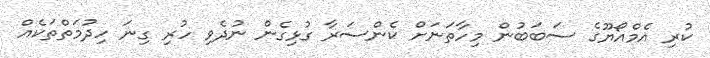
ކުރި އެމްއޯޔޫގެ ސަބަބުން މިހާތަނަށް ކެންސަރާ ގުޅިގެން ނުދެވި ހުރި ގިނަ ހިދުމަތްތަކެއް